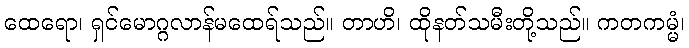
ထေရော၊ ရှင်မောဂ္ဂလာန်မထေရ်သည်။ တာဟိ၊ ထိုနတ်သမီးတို့သည်။ ကတကမ္မံ၊